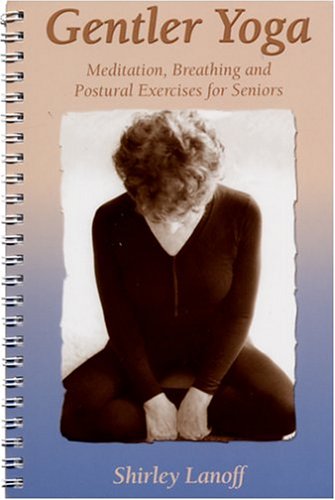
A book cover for Gentler Yoga: Meditation, Breathing and Postural Exercises for Seniors; Shirley Lanoff; Health, Fitness & Dieting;